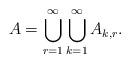
LaTeX: \begin{align*}A=\bigcup_{r=1}^{\infty}\bigcup_{k=1}^{\infty}A_{k,r}.\end{align*}